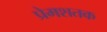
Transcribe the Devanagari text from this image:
प्रेमशतक